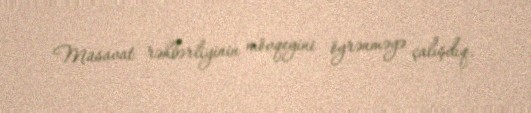
Müsavat rəhbərliyinin mövqeyini öyrənməyə çalışdıq.